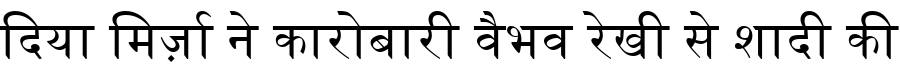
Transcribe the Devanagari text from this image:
दिया मिर्ज़ा ने कारोबारी वैभव रेखी से शादी की